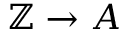
\mathbb { Z } \to A